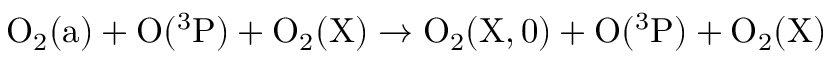
\mathrm { O _ { 2 } ( a ) + O ( ^ { 3 } P ) + O _ { 2 } ( X ) \rightarrow O _ { 2 } ( X , 0 ) + O ( ^ { 3 } P ) + O _ { 2 } ( X ) }